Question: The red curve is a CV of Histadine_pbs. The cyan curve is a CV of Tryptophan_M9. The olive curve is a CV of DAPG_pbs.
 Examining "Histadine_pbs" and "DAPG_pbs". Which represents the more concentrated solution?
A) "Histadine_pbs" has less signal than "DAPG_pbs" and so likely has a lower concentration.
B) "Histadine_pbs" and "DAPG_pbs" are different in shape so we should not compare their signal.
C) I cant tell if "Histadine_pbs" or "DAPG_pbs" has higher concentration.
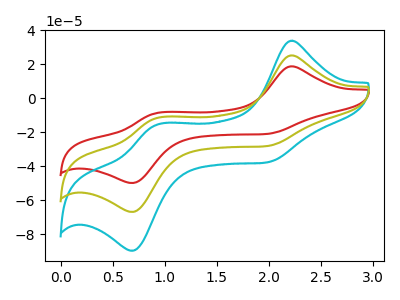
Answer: <think>The red curve "Histadine_pbs" has anodic peaks at (2.20V, 18.85uA) (0.95V, -8.55uA) and cathodic peaks at (1.95V, -21.05uA) (0.70V, -49.85uA). The cyan curve "Tryptophan_M9" has anodic peaks at (2.20V, 50.50uA) (0.95V, -22.90uA) and cathodic peaks at (1.95V, -56.45uA) (0.70V, -133.80uA). The olive curve "DAPG_pbs" has anodic peaks at (2.20V, 25.25uA) (0.95V, -11.45uA) and cathodic peaks at (1.95V, -28.25uA) (0.70V, -66.90uA).
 All the peaks in "Histadine_pbs" have a peak in "DAPG_pbs" at the same potential.</think>
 <answer>C) I cant tell if "Histadine_pbs" or "DAPG_pbs" has higher concentration.</answer>
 <eval>C</eval>